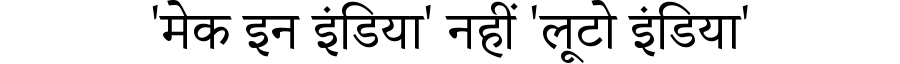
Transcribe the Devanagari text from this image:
'मेक इन इंडिया' नहीं 'लूटो इंडिया'